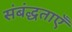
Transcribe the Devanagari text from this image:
संबंद्धताएँ